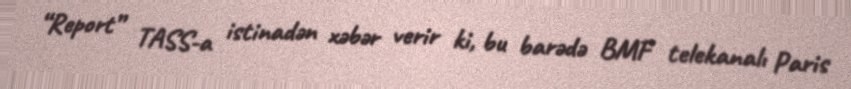
“Report” TASS-a istinadən xəbər verir ki, bu barədə BMF telekanalı Paris